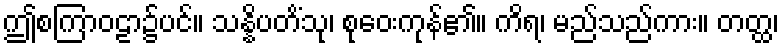
ဤစကြာဝဠာ၌ပင်။ သန္နိပတိံသု၊ စုဝေးကုန်၏။ ကိရ၊ မည်သည်ကား။ တတ္ထ၊